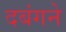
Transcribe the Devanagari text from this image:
दबंगने